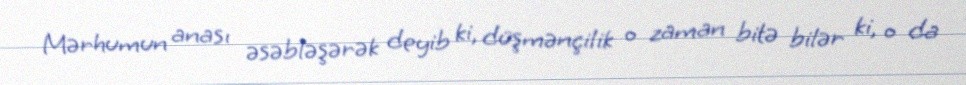
Mərhumun anası əsəbləşərək deyib ki, düşmənçilik o zaman bitə bilər ki, o da